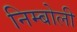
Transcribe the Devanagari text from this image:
निम्‍बोली